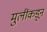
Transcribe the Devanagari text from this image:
मुलींकडून